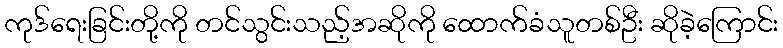
ကုဒ်ရေးခြင်းတို့ကို တင်သွင်းသည့်အဆိုကို ထောက်ခံသူတစ်ဦး ဆိုခဲ့ကြောင်း